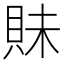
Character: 𧵖